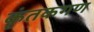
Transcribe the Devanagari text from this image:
कृंतकगण